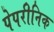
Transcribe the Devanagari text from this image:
पेपरीनिक